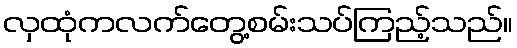
လှထုံကလက်တွေ့စမ်းသပ်ကြည့်သည်။